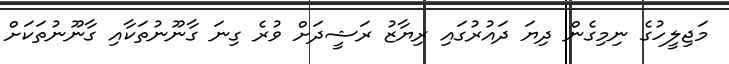
މަޖިލީހުގެ ނިމިގެން ދިޔަ ދައުރުގައި ރިޔާޒު ރަޝީދަށް ވުރެ ގިނަ ގާނޫނުތަަކާއި ގާނޫނުތަަކަށް